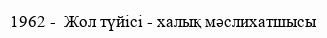
1962 -  Жол түйісі - халық мәслихатшысы